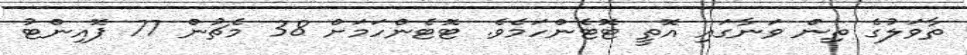
ތާވަލުގެ ތިން ވަނާގައި އޮތީ ޓޮޓެންހަމެވެ. ޓޮޓެންހަމަށް 38 މެޗުން 77 ޕޮއިންޓު